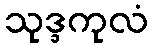
သုဒ္ဒကုလံ